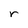
Character: r